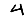
Digit: 4